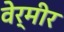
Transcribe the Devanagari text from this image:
वेर्मीर